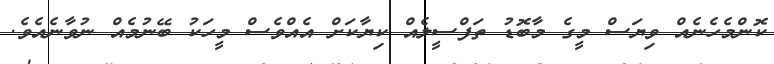
ކޮންމެހެނެއް ވިޔަސް މީގެ މާބޮޑު ތަފްސީލެއް ކިޔާކަށް އެއްވެސް މީހަކު ބޭނުމެއް ނުވާނެެއެވެ.